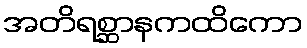
အတိရစ္ဆာနကထိကော